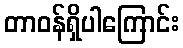
တာဝန်ရှိပါကြောင်း